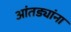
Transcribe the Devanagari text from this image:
आंतड्यांना